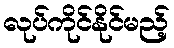
လုပ်ကိုင်နိုင်မည့်